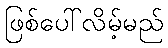
ဖြစ်ပေါ်လိမ့်မည်